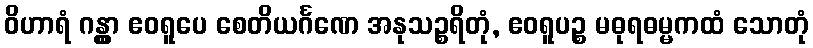
ဝိဟာရံ ဂန္တွာ ဧဝရူပေ စေတိယင်္ဂဏေ အနုသဉ္စရိတုံ, ဧဝရူပဉ္စ မဓုရဓမ္မကထံ သောတုံ